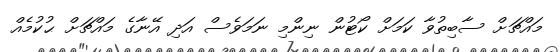
މައްޗަށް ސާބިތުވާ ކަމަށް ކޯޓުން ނިންމި ނަމަވެސް އަދި އޭނާގެ މައްޗަށް ޙުކުމެއް